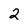
Character: 2